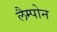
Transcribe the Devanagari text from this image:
लैम्पोन